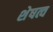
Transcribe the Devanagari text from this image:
शेषत्व